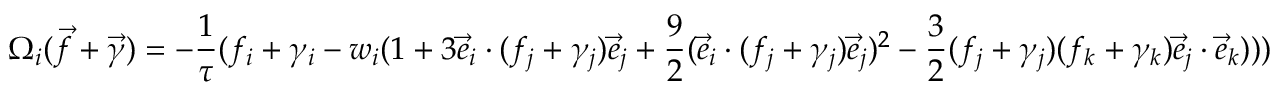
\Omega _ { i } ( \vec { f } + \vec { \gamma } ) = - \frac { 1 } { \tau } ( f _ { i } + \gamma _ { i } - { w _ { i } } ( 1 + 3 \vec { e } _ { i } \cdot ( f _ { j } + \gamma _ { j } ) \vec { e } _ { j } + \frac { 9 } { 2 } ( \vec { e } _ { i } \cdot ( f _ { j } + \gamma _ { j } ) \vec { e } _ { j } ) ^ { 2 } - \frac { 3 } { 2 } ( f _ { j } + \gamma _ { j } ) ( f _ { k } + \gamma _ { k } ) \vec { e } _ { j } \cdot \vec { e } _ { k } ) ) )